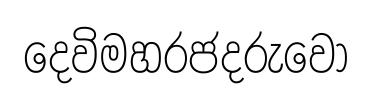
දෙවිමහරජදරුවෝ